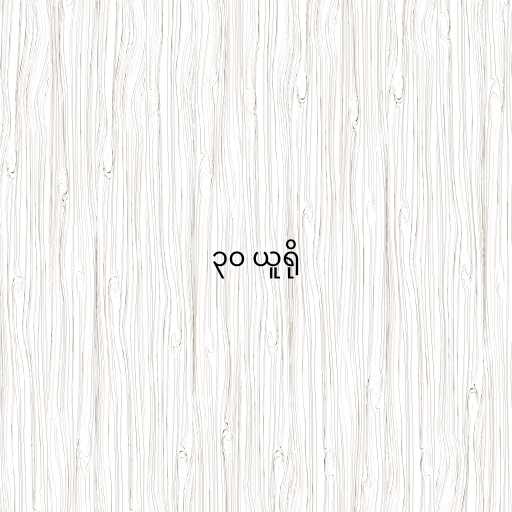
၃၀ ယူရို